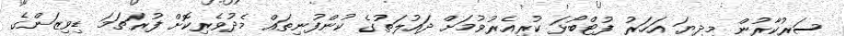
ސަރުކާރުން މިދިޔަ އަހަރު ފުޓްބޯޅަ ކުރިއެރުވުމަށް ދައުލަތުގެ ކުންފުނިތައް މެދުވެރިކޮށް ފުރަތަމަ ޑިވިޒަންގެ